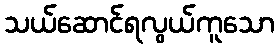
သယ်ဆောင်ရလွယ်ကူသော